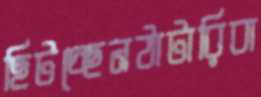
ছিটচ্ছেনঠাটারিবা